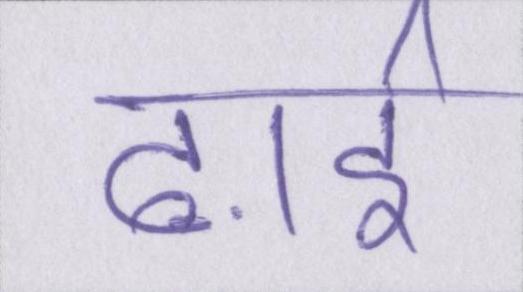
ढ़ाई